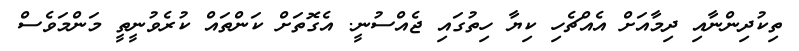
ތިކުދިންނާއި ދިމާއަށް އެއްޗެހި ކިޔާ ހިތުގައި ޖެއްސުނީ. އެގޮތަށް ކަންތައް ކުރެވުނީތީ މަންމަވެސް